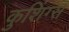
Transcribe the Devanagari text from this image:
कुशिंग्स